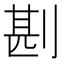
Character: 𠝻